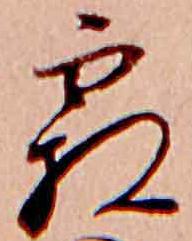
霜